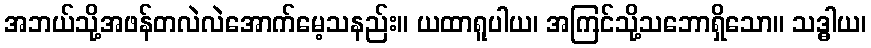
အဘယ်သို့အဖန်တလဲလဲအောက်မေ့သနည်း။ ယထာရူပါယ၊ အကြင်သို့သဘောရှိသော။ သဒ္ဓါယ၊